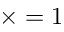
\times = 1